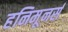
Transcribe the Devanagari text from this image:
हनिमूनर्स